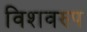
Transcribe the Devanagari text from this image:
विशवरुप